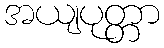
အယျပုတ္တာ